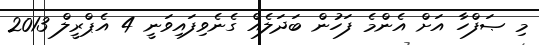
މި ޞަފްހާ އަށް އެންމެ ފަހުން ބަދަލެއް ގެނެވިފައިވަނީ 4 އެޕްރީލް 2013